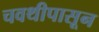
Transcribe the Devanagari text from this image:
चवथीपासून